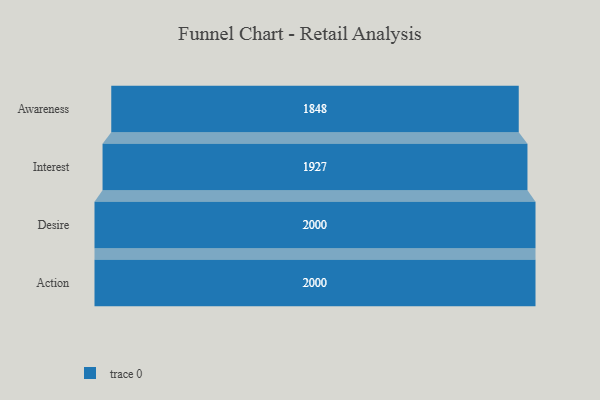
{"axis": {"x": "Stage", "y": "Value"}, "legend": [""], "data": [{"x": "Awareness", "y": 1848.0, "type": ""}, {"x": "Interest", "y": 1927.0, "type": ""}, {"x": "Desire", "y": 2000, "type": ""}, {"x": "Action", "y": 2000, "type": ""}]}